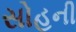
સોહની